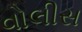
વોલીસ